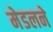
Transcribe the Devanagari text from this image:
मेडलने